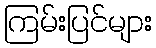
ကြမ်းပြင်များ